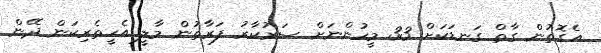
އެގޮތުން ގާތް ގަނޑަކަށް 33 މީހުންނަށް ސަރުކާރު ފަރާތުން މާލީ އެހީތެރިކަން ދޭން